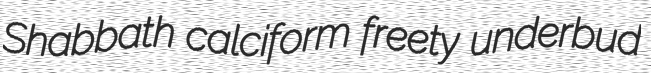
Shabbath calciform freety underbud